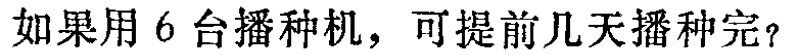
如果用 6 台播种机，可提前几天播种完？